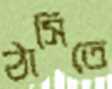
ঠাসিতে